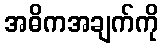
အဓိကအချက်ကို